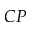
C P